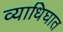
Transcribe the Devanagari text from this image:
व्याधिघात